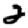
Digit: 2